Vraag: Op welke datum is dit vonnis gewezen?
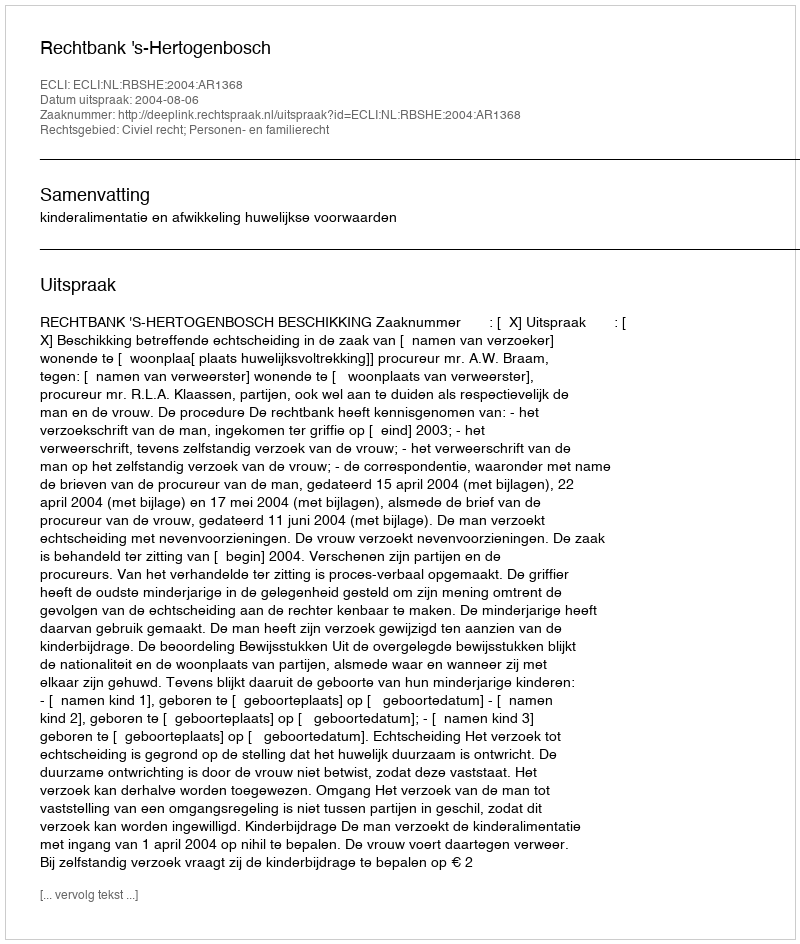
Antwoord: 2004-08-06